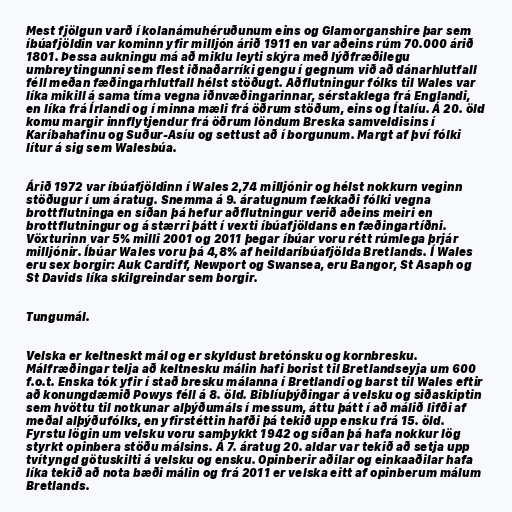
Mest fjölgun varð í kolanámuhéruðunum eins og Glamorganshire þar sem
íbúafjöldin var kominn yfir milljón árið 1911 en var aðeins rúm 70.000 árið
1801. Þessa aukningu má að miklu leyti skýra með lýðfræðilegu
umbreytingunni sem flest iðnaðarríki gengu í gegnum við að dánarhlutfall
féll meðan fæðingarhlutfall hélst stöðugt. Aðflutningur fólks til Wales var
líka mikill á sama tíma vegna iðnvæðingarinnar, sérstaklega frá Englandi,
en líka frá Írlandi og í minna mæli frá öðrum stöðum, eins og Ítalíu. Á 20. öld
komu margir innflytjendur frá öðrum löndum Breska samveldisins í
Karíbahafinu og Suður-Asíu og settust að í borgunum. Margt af því fólki
lítur á sig sem Walesbúa.

Árið 1972 var íbúafjöldinn í Wales 2,74 milljónir og hélst nokkurn veginn
stöðugur í um áratug. Snemma á 9. áratugnum fækkaði fólki vegna
brottflutninga en síðan þá hefur aðflutningur verið aðeins meiri en
brottflutningur og á stærri þátt í vexti íbúafjöldans en fæðingartíðni.
Vöxturinn var 5% milli 2001 og 2011 þegar íbúar voru rétt rúmlega þrjár
milljónir. Íbúar Wales voru þá 4,8% af heildaríbúafjölda Bretlands. Í Wales
eru sex borgir: Auk Cardiff, Newport og Swansea, eru Bangor, St Asaph og
St Davids líka skilgreindar sem borgir.

Tungumál.

Velska er keltneskt mál og er skyldust bretónsku og kornbresku.
Málfræðingar telja að keltnesku málin hafi borist til Bretlandseyja um 600
f.o.t. Enska tók yfir í stað bresku málanna í Bretlandi og barst til Wales eftir
að konungdæmið Powys féll á 8. öld. Biblíuþýðingar á velsku og siðaskiptin
sem hvöttu til notkunar alþýðumáls í messum, áttu þátt í að málið lifði af
meðal alþýðufólks, en yfirstéttin hafði þá tekið upp ensku frá 15. öld.
Fyrstu lögin um velsku voru samþykkt 1942 og síðan þá hafa nokkur lög
styrkt opinbera stöðu málsins. Á 7. áratug 20. aldar var tekið að setja upp
tvítyngd götuskilti á velsku og ensku. Opinberir aðilar og einkaaðilar hafa
líka tekið að nota bæði málin og frá 2011 er velska eitt af opinberum málum
Bretlands.